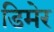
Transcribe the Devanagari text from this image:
डिमेर